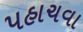
પહાચવા